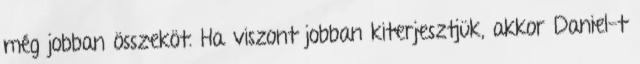
még jobban összeköt. Ha viszont jobban kiterjesztjük, akkor Daniel-t